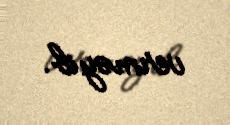
verməyib.